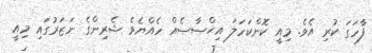
ފާހަގަ ކުރި އެވެ. މިއީ ކޮންކަހަލަ އިޙްޞާޞެއް ހެއްޔެވެ ޝެރިންގެ ނަޒަރުގައި މިއީ